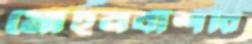
মোহনবাঁশরি